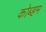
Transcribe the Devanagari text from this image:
कोब्हम